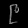
Digit: ၉